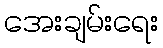
အေးချမ်းရေး